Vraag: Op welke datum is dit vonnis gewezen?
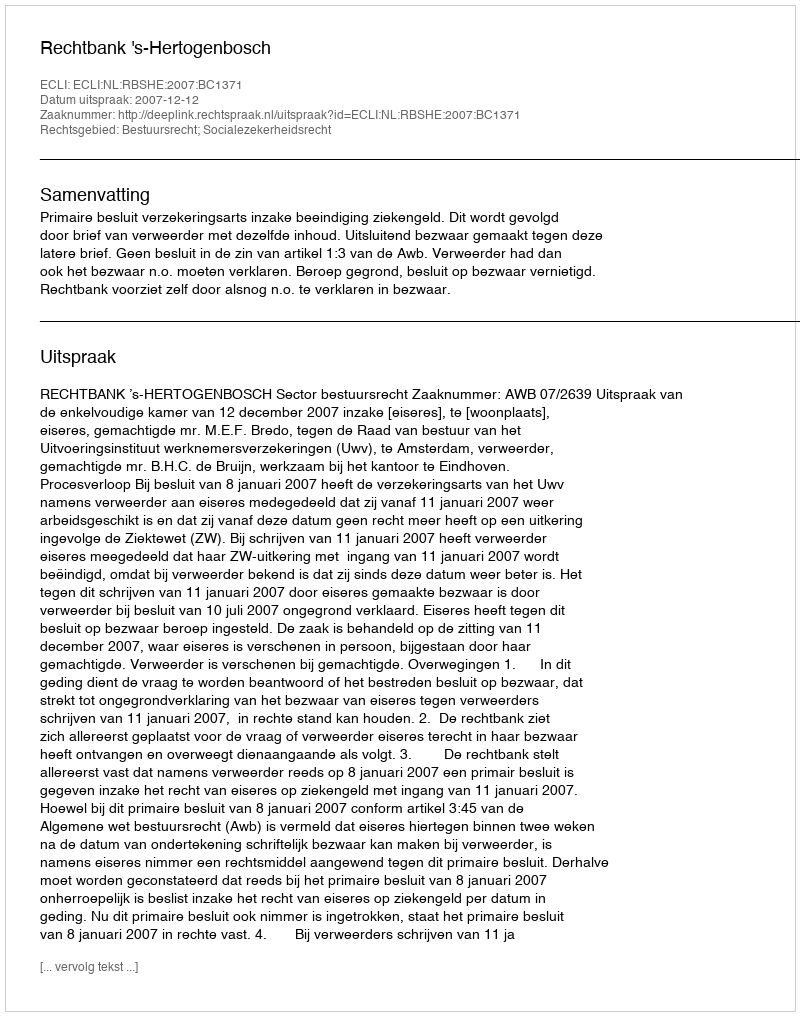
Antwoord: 2007-12-12